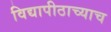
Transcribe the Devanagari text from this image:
विद्यापीठाच्याच